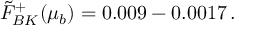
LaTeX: \tilde { F } _ { B K } ^ { + } ( \mu _ { b } ) = 0 . 0 0 9 - 0 . 0 0 1 7 \, .